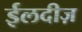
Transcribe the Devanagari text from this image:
ईलदीज़